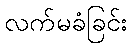
လက်မခံခြင်း